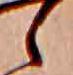
ら